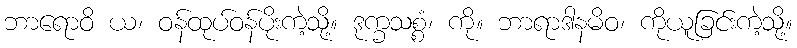
ဘာရောဝိ ယ၊ ဝန်ထုပ်ဝန်ပိုးကဲ့သို့။ ဒုက္ခသစ္စံ၊ ကို။ ဘာရာဒါနမိဝ၊ ကိုယူခြင်းကဲ့သို့။